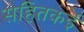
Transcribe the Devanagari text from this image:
सहितकई